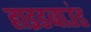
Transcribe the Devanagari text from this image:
हाइडबाउंड